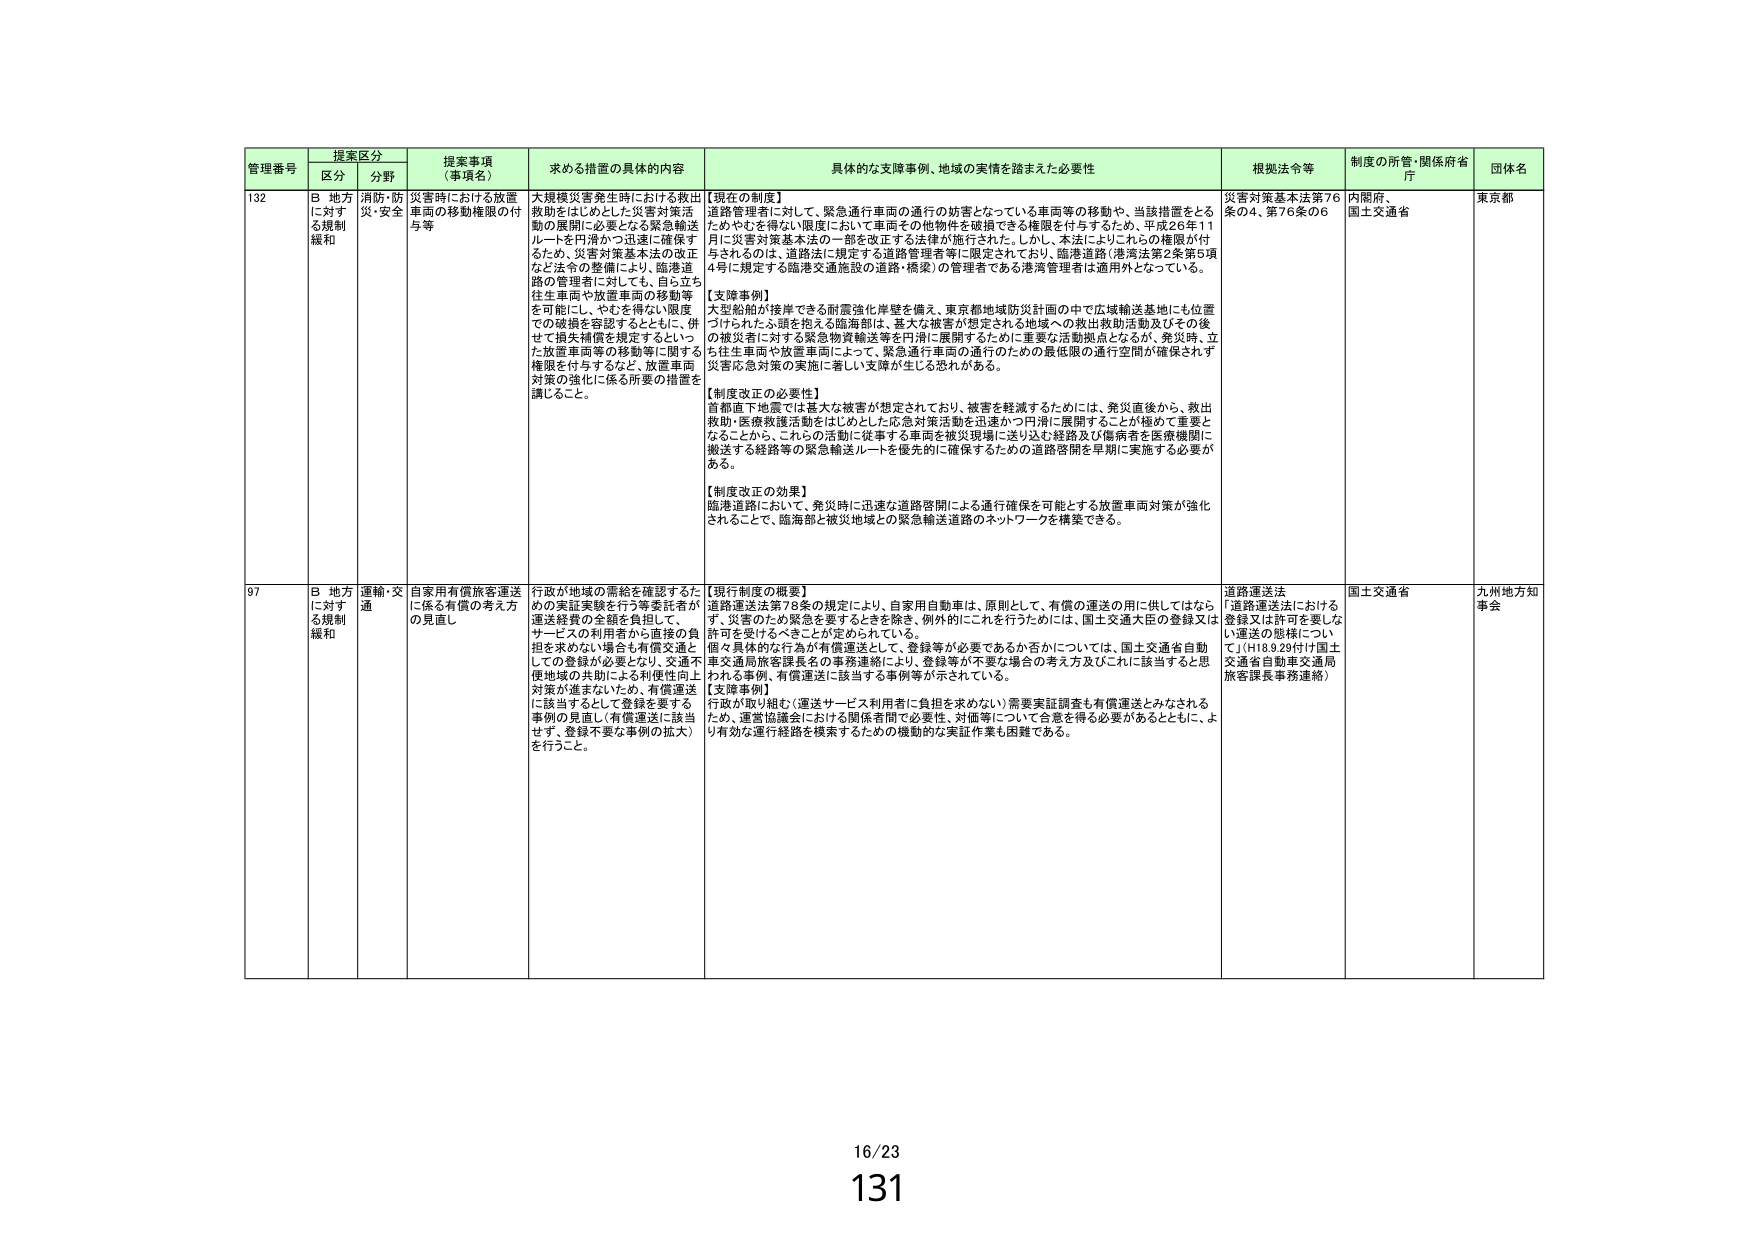
管理番号 提案区分 提案事項（事項名） 求める措置の具体的内容 具体的な支障事例、地域の実情を踏まえた必要性 根拠法令等 制度の所管・関係府省庁 団体名
区分 分野
132 B 地方に対する規制緩和 消防・防災・安全 災害時における放置車両の移動権限の付与等 大規模災害発生時における救出救助をはじめとした災害対策活動の展開に必要となる緊急輸送ルートを円滑かつ迅速に確保するため、災害対策基本法の改正など法令の整備により、臨港道路の管理者に対して、も。自ら立ち往生車両や放置車両の移動等を可能にし、やむを得ない限度での破損を容認するとともに、併せて損失補償を規定するなど、いった放置車両等の移動等に関する権限を付与するなど、放置車両対策の強化に係る所要の措置を講じること。
【現在の制度】
道路管理者に対して、緊急通行車両の通行の妨害となっている車両等の移動や、当該措置をとるためやむを得ない限度において車両その他の物件を破損できる権限を付与するため、平成26年11月に災害対策基本法の一部を改正する法律が施行された。しかし、本法によりこれらの権限が付与されるのは、道路法に規定する道路管理者等に限定されており、臨港道路（港湾法第2条第5項4号に規定する臨港交通施設の道路・橋梁）の管理者である港湾管理者は適用外となっている。
【支障事例】
大型船舶が接岸できる耐震強化岸壁を備え、東京都地域防災計画の中で広域輸送基地にも位置づけられた小顔を抱える臨海部は、重大な被害が想定される地域への救出救助活動及びその後の被災者に対する緊急物資輸送等を円滑に展開するために重要な活動拠点となるが、発災時、立ち往生車両や放置車両によって、緊急通行車両の通行のための最低限の通行空間が確保されず災害応急対策の実施に著しい支障が生じる恐れがある。
【制度改正の必要性】
首都直下地震では最大な被害が想定されており、被害を軽減するために、発災直後から、救出救助・医療救護活動をはじめとした応急対策活動を迅速かつ円滑に展開することが極めて重要となることから、これらの活動に従事する車両を被災現場に送り込む経路及び傷病者を医療機関に搬送する経路等の緊急輸送ルートを優先的に確保するための道路啓開を早期に実施する必要がある。
【制度改正の効果】
臨港道路において、発災時に迅速な道路啓開による通行確保を可能とする放置車両対策が強化されることで、臨海部と被災地域との緊急輸送道路のネットワークを構築できる。
災害対策基本法第76条の4、第76条の6 内閣府、国土交通省 東京都
97 B 地方に対する規制緩和 運輸・交通 自家用有償旅客運送に係る有償の考え方の見直し 行政が地域の需給を確認するための実証実験を行う等委託者が運送経費の全額を負担して、サービスの利用者から直接の負担を求めない場合も有償交通としての登録が必要となり、交通不便地域の共助による利便性向上対策が進まないため、有償運送に該当するとして登録を要する事例の見直し（有償運送に該当せず、登録不要な事例の拡大）を行うこと。
【現行制度の概要】
道路運送法第78条の規定により、自家用自動車は、原則として、有償の運送の用に供してはならず、災害のため緊急を要するときを除き、例外的にこれを行うためには、国土交通大臣の登録又は許可を受けるべきことが定められている。
個々具体的な行為が有償運送として、登録等が必要であるか否かについては、国土交通省自動車交通局旅客課長名の事務連絡により、登録等が不要な場合の考え方及びこれに該当するとと思われる事例、有償運送に該当する事例等が示されている。
【支障事例】
行政が取り組む（運送サービス利用者に負担を求めない）需要実証調査も有償運送とみなされるため、運営協議会における関係者間で必要性、対価等について合意を得る必要があるとともに、より有効な運行経路を模索するための機動的な実証作業も困難である。
道路運送法 「道路運送法における登録又は許可を要しない運送の態様について」（H18.9.29付け国土交通省自動車交通局旅客課長事務連絡） 国土交通省 九州地方知事会
16/23
131